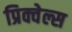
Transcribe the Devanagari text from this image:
प्रिक्वेल्स